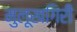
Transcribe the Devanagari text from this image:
मुलूखगिरी